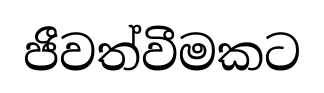
ජීවත්වීමකට